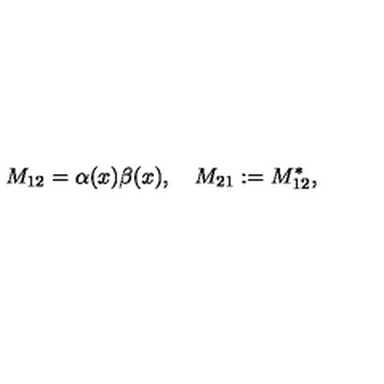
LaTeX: M _ { 1 2 } = { \binom { \alpha ( x ) } { \beta ( x ) } } , \quad M _ { 2 1 } : = M _ { 1 2 } ^ { * } ,